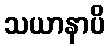
သယာနာပိ